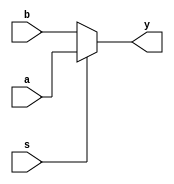
module mux(a,b,s,y);
input wire a,b,s;
output reg y;
always@(a or b or s)
begin
if(s)
y=a;
else
y=b;
end
endmodule